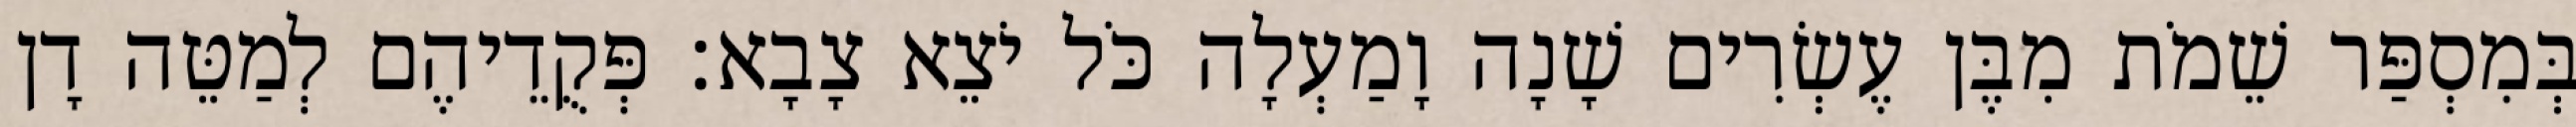
בְּמִסְפַּר שֵׁמֹת מִבֶּן עֶשְׂרִים שָׁנָה וָמַעְלָה כֹּל יֹצֵא צָבָא׃ פְּקֻדֵיהֶם לְמַטֵּה דָן